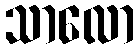
သာလော